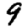
Digit: 9